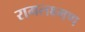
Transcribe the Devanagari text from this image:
रामलक्ष्मण